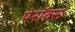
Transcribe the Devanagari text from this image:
पेरॉक्स